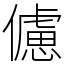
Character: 儢